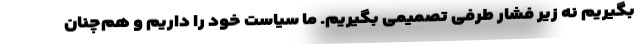
بگیریم نه زیر فشار طرفی تصمیمی بگیریم. ما سیاست خود را داریم و هم‌چنان